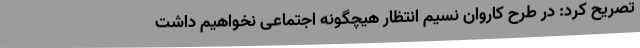
تصریح کرد: در طرح کاروان نسیم انتظار هیچگونه اجتماعی نخواهیم داشت